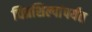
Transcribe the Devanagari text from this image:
चित्रशिल्पांपर्यंत